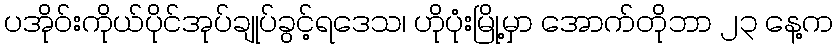
ပအိုဝ်းကိုယ်ပိုင်အုပ်ချုပ်ခွင့်ရဒေသ၊ ဟိုပုံးမြို့မှာ အောက်တိုဘာ ၂၃ နေ့က